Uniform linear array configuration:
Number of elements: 16
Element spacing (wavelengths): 0.75
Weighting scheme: hann
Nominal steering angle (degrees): -30
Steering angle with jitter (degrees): -28.617
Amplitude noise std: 0.05
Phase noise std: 0.05

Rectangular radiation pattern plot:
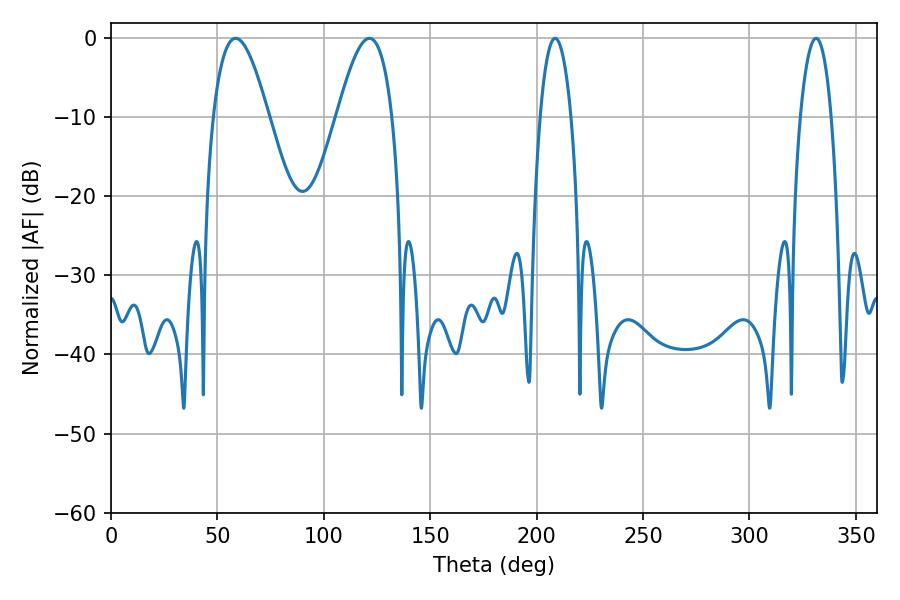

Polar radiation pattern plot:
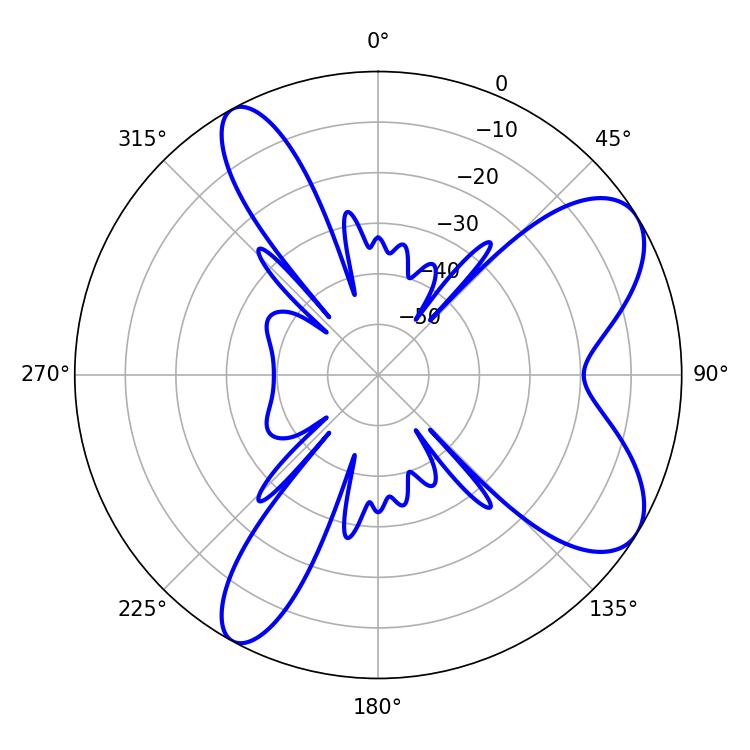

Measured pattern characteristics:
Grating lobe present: TRUE
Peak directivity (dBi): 7.939
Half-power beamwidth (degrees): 14.22
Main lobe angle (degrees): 58.5